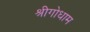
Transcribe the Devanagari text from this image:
श्रीगोधाम